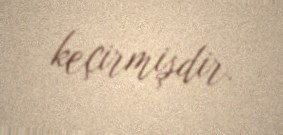
keçirmişdir.